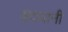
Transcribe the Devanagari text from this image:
हदयानी